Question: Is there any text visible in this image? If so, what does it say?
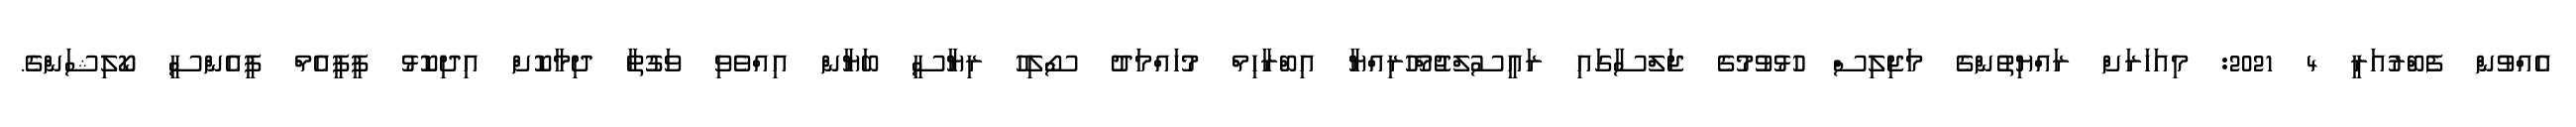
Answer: އެއްވުން ފެބްރުއަރީ 4 2021: މިއަހަރަށް ރައްޔިތުންގެ މަޖިލިސް ހުޅުވުމުގެ ޖަލްސާގައި ރައީސުލްޖުމްހޫރިއްޔާ އިބްރާހިމް މުހައްމަދު ސޯލިހު ރިޔާސީ ބަޔާން އިއްވެވި ވަގުތާ ދިމާކޮށް އިދިކޮޅު ޕީޕީއެމް ޕީއެންސީ ކޯލިޝަންގެ.